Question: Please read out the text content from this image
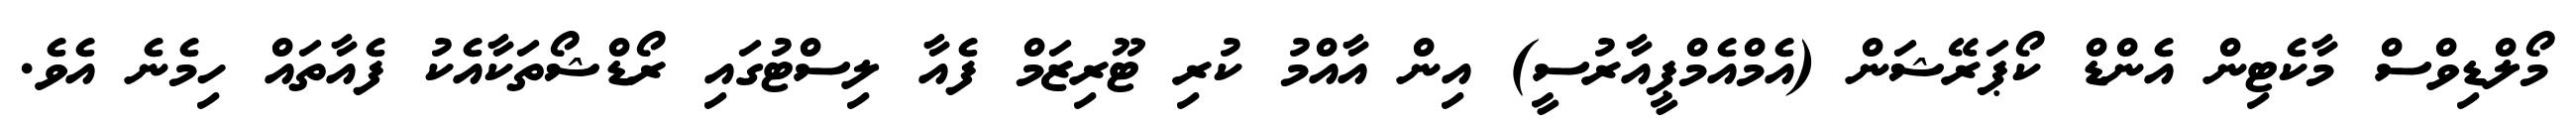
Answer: މޯލްޑިވްސް މާކެޓިން އެންޑް ކޯޕަރޭޝަން (އެމްއެމްޕީއާރުސީ) އިން އާއްމު ކުރި ޓޫރިޒަމް ފެއާ ލިސްޓުގައި ރޯޑްޝޯތަކާއެކު ފެއާތައް ހިމެނެ އެވެ.